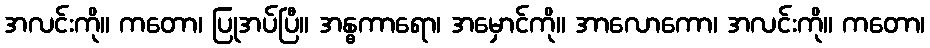
အလင်းကို။ ကတော၊ ပြုအပ်ပြီ။ အန္ဓကာရော၊ အမှောင်ကို။ အာလောကော၊ အလင်းကို။ ကတော၊